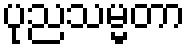
ပုညသမ္မတာ